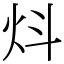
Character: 炓